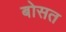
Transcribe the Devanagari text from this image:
बोसत